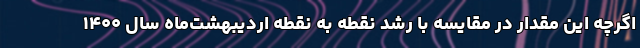
اگرچه این مقدار در مقایسه با رشد نقطه به نقطه اردیبهشت‌ماه سال ۱۴۰۰